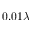
0 . 0 1 \lambda